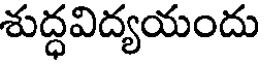
శుద్ధవిద్యయందు